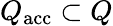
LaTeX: Q_{\mathrm{acc}}\subset Q